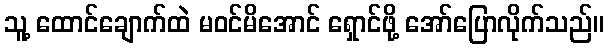
သူ့ ထောင်ချောက်ထဲ မဝင်မိအောင် ရှောင်ဖို့ အော်ပြောလိုက်သည်။